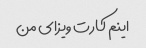
اینم کارت ویزای من